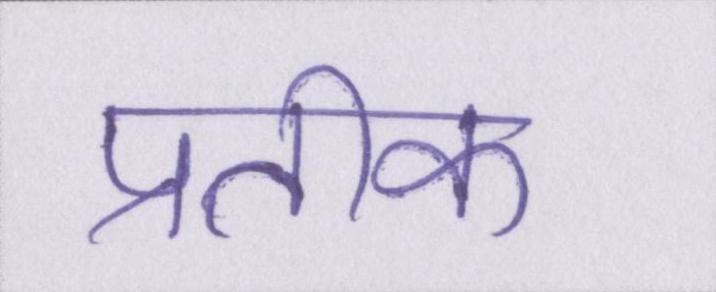
प्रतीक